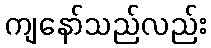
ကျနော်သည်လည်း